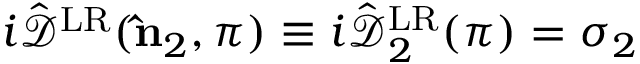
i \hat { \mathcal { D } } ^ { \mathrm { L R } } ( { \bf \hat { n } } _ { 2 } , \pi ) \equiv i \hat { \mathcal { D } } _ { 2 } ^ { \mathrm { L R } } ( \pi ) = \sigma _ { 2 }